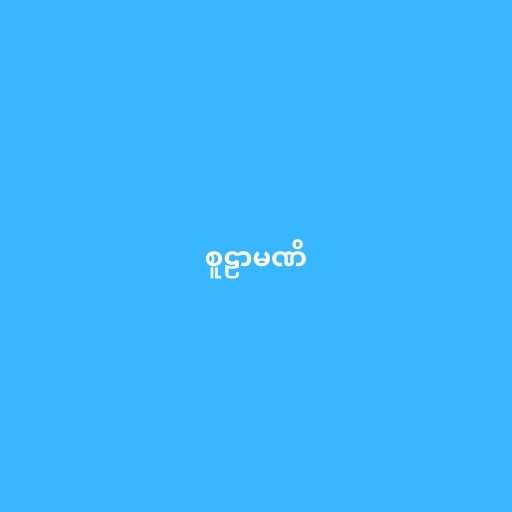
စူဠာမဏိ